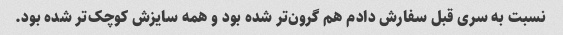
نسبت به سری قبل سفارش دادم هم گرون‌تر شده بود و همه سایزش کوچک‌تر شده بود.